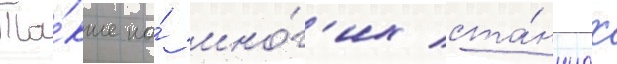
Та́кже на́ мно́г'их ста́нциах